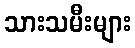
သားသမီးများ